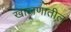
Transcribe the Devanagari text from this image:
खाजणातील